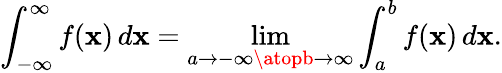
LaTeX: \int_{-\infty}^{\infty}f(\mathbf{x})\, d\mathbf{x}=\operatorname*{lim}_{a\to-\infty\atopb\to\infty}\int_{a}^{b}f(\mathbf{x})\, d\mathbf{x}.